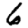
Digit: 6